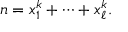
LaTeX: n = x _ { 1 } ^ { k } + \cdots + x _ { \ell } ^ { k } .